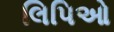
લિપિઓ